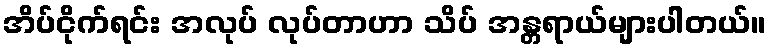
အိပ်ငိုက်ရင်း အလုပ် လုပ်တာဟာ သိပ် အန္တရာယ်များပါတယ်။